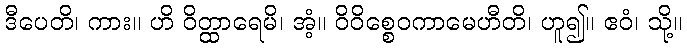
ဒီပေတိ၊ ကား။ ဟိ ဝိတ္ထာရေမိ၊ အံ့။ ဝိဝိစ္စေဝကာမေဟီတိ၊ ဟူ၍။ ဧဝံ၊ သို့။